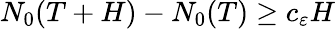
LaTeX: N_{0}(T+H)-N_{0}(T)\geq c_{\varepsilon}H